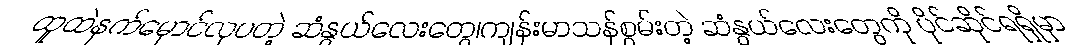
ထူထဲနက်မှောင်လှပတဲ့ ဆံနွယ်လေးတွေ၊ကျန်းမာသန်စွမ်းတဲ့ ဆံနွယ်လေးတွေကို ပိုင်ဆိုင်ရရှိမှာ